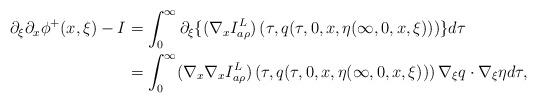
LaTeX: \begin{align*}{\partial}_\xi{\partial}_x\phi^+(x,\xi)-I&=\int_0^\infty {\partial}_\xi\{(\nabla_x I^L_{a\rho})\left(\tau,q(\tau,0,x,\eta(\infty,0,x,\xi))\right)\}d\tau\\&=\int_0^\infty (\nabla_x\nabla_x I^L_{a\rho})\left(\tau,q(\tau,0,x,\eta(\infty,0,x,\xi))\right) \nabla_\xi q\cdot \nabla_\xi\eta d\tau,\end{align*}